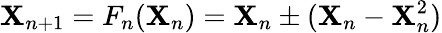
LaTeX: \boldsymbol{\textbf{X}}_{n+1}=F_{n}(\boldsymbol{\textbf{X}}_{n})=\boldsymbol{\textbf{X}}_{n}\pm(\boldsymbol{\textbf{X}}_{n}-\boldsymbol{\textbf{X}}_{n}^{2})